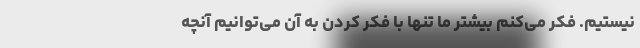
نیستیم. فکر می‌کنم بیشتر ما تنها با فکر کردن به آن می‌توانیم آنچه